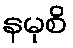
နမုစိ